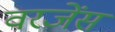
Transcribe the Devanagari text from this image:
वरजेंस